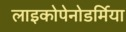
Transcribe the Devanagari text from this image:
लाइकोपेनोडर्मिया